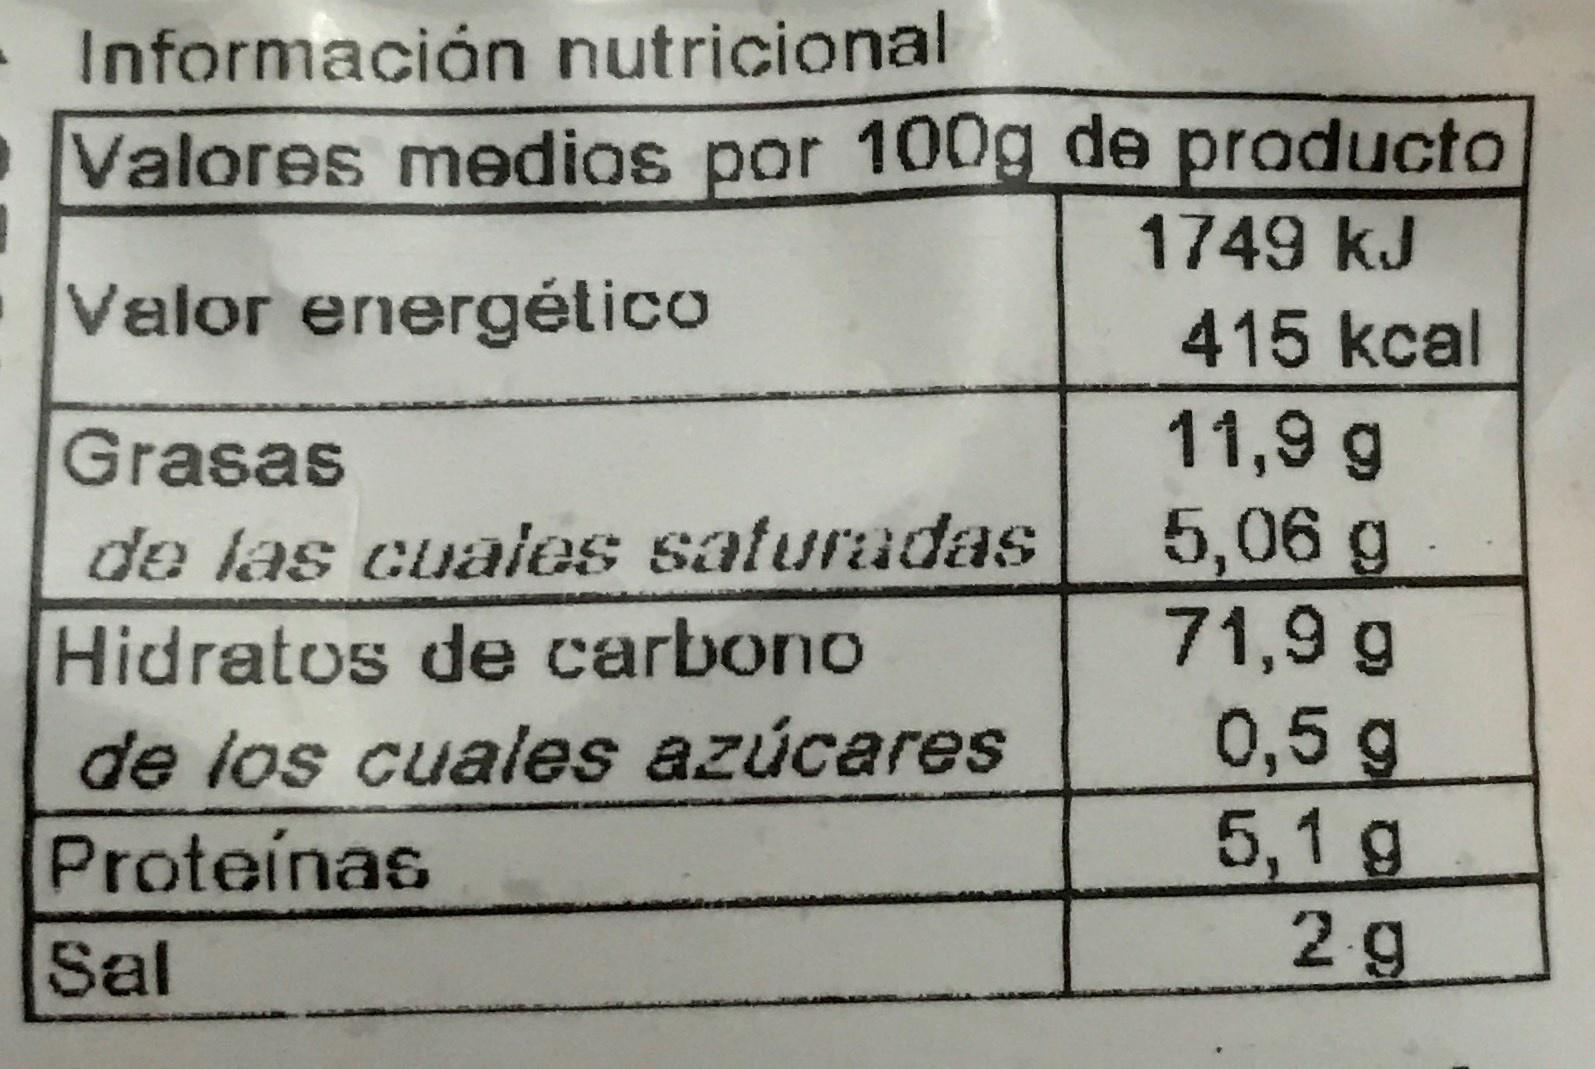
Informacián nutricional Valores medios por 100g de praducto 1749 kJ Valor energético 415 kcal 11,9 g 5,06g 71,9 g Grasas de las cuales saturadas Hidratos de carbono 0,5g 5,1 g 2g de los cuales azúcares Proteínas Sal